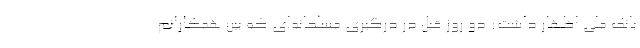
بانک ملی اظهار داشت: دو روز قبل در درگیری مسلحانه‌ای که بین همکارانم